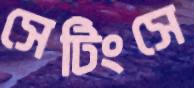
সেটিংসে